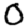
Digit: 0